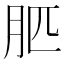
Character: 䏘